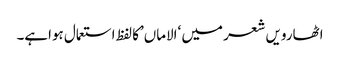
اٹھارویں شعر میں ‘الاماں’کا لفظ استعمال ہواہے۔